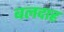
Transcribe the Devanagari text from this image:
बलदाह